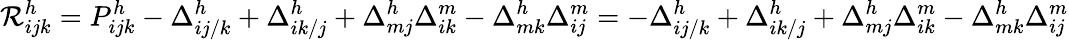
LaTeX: \mathcal{R}_{ijk}^{h}=P_{ijk}^{h}-\Delta_{ij/k}^{h}+\Delta_{ik/j}^{h}+\Delta_{mj}^{h}\Delta_{ik}^{m}-\Delta_{mk}^{h}\Delta_{ij}^{m}=-\Delta_{ij/k}^{h}+\Delta_{ik/j}^{h}+\Delta_{mj}^{h}\Delta_{ik}^{m}-\Delta_{mk}^{h}\Delta_{ij}^{m}